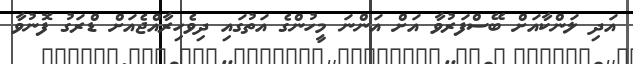
އަދި ލަންކާއަށް ބޭސްފަރުވާ އަށް އަންނަ މީހުންގެ އަތުގައި ދިވެހިރާއްޖެއަށް ޑްރަގު ފޮނުވާ